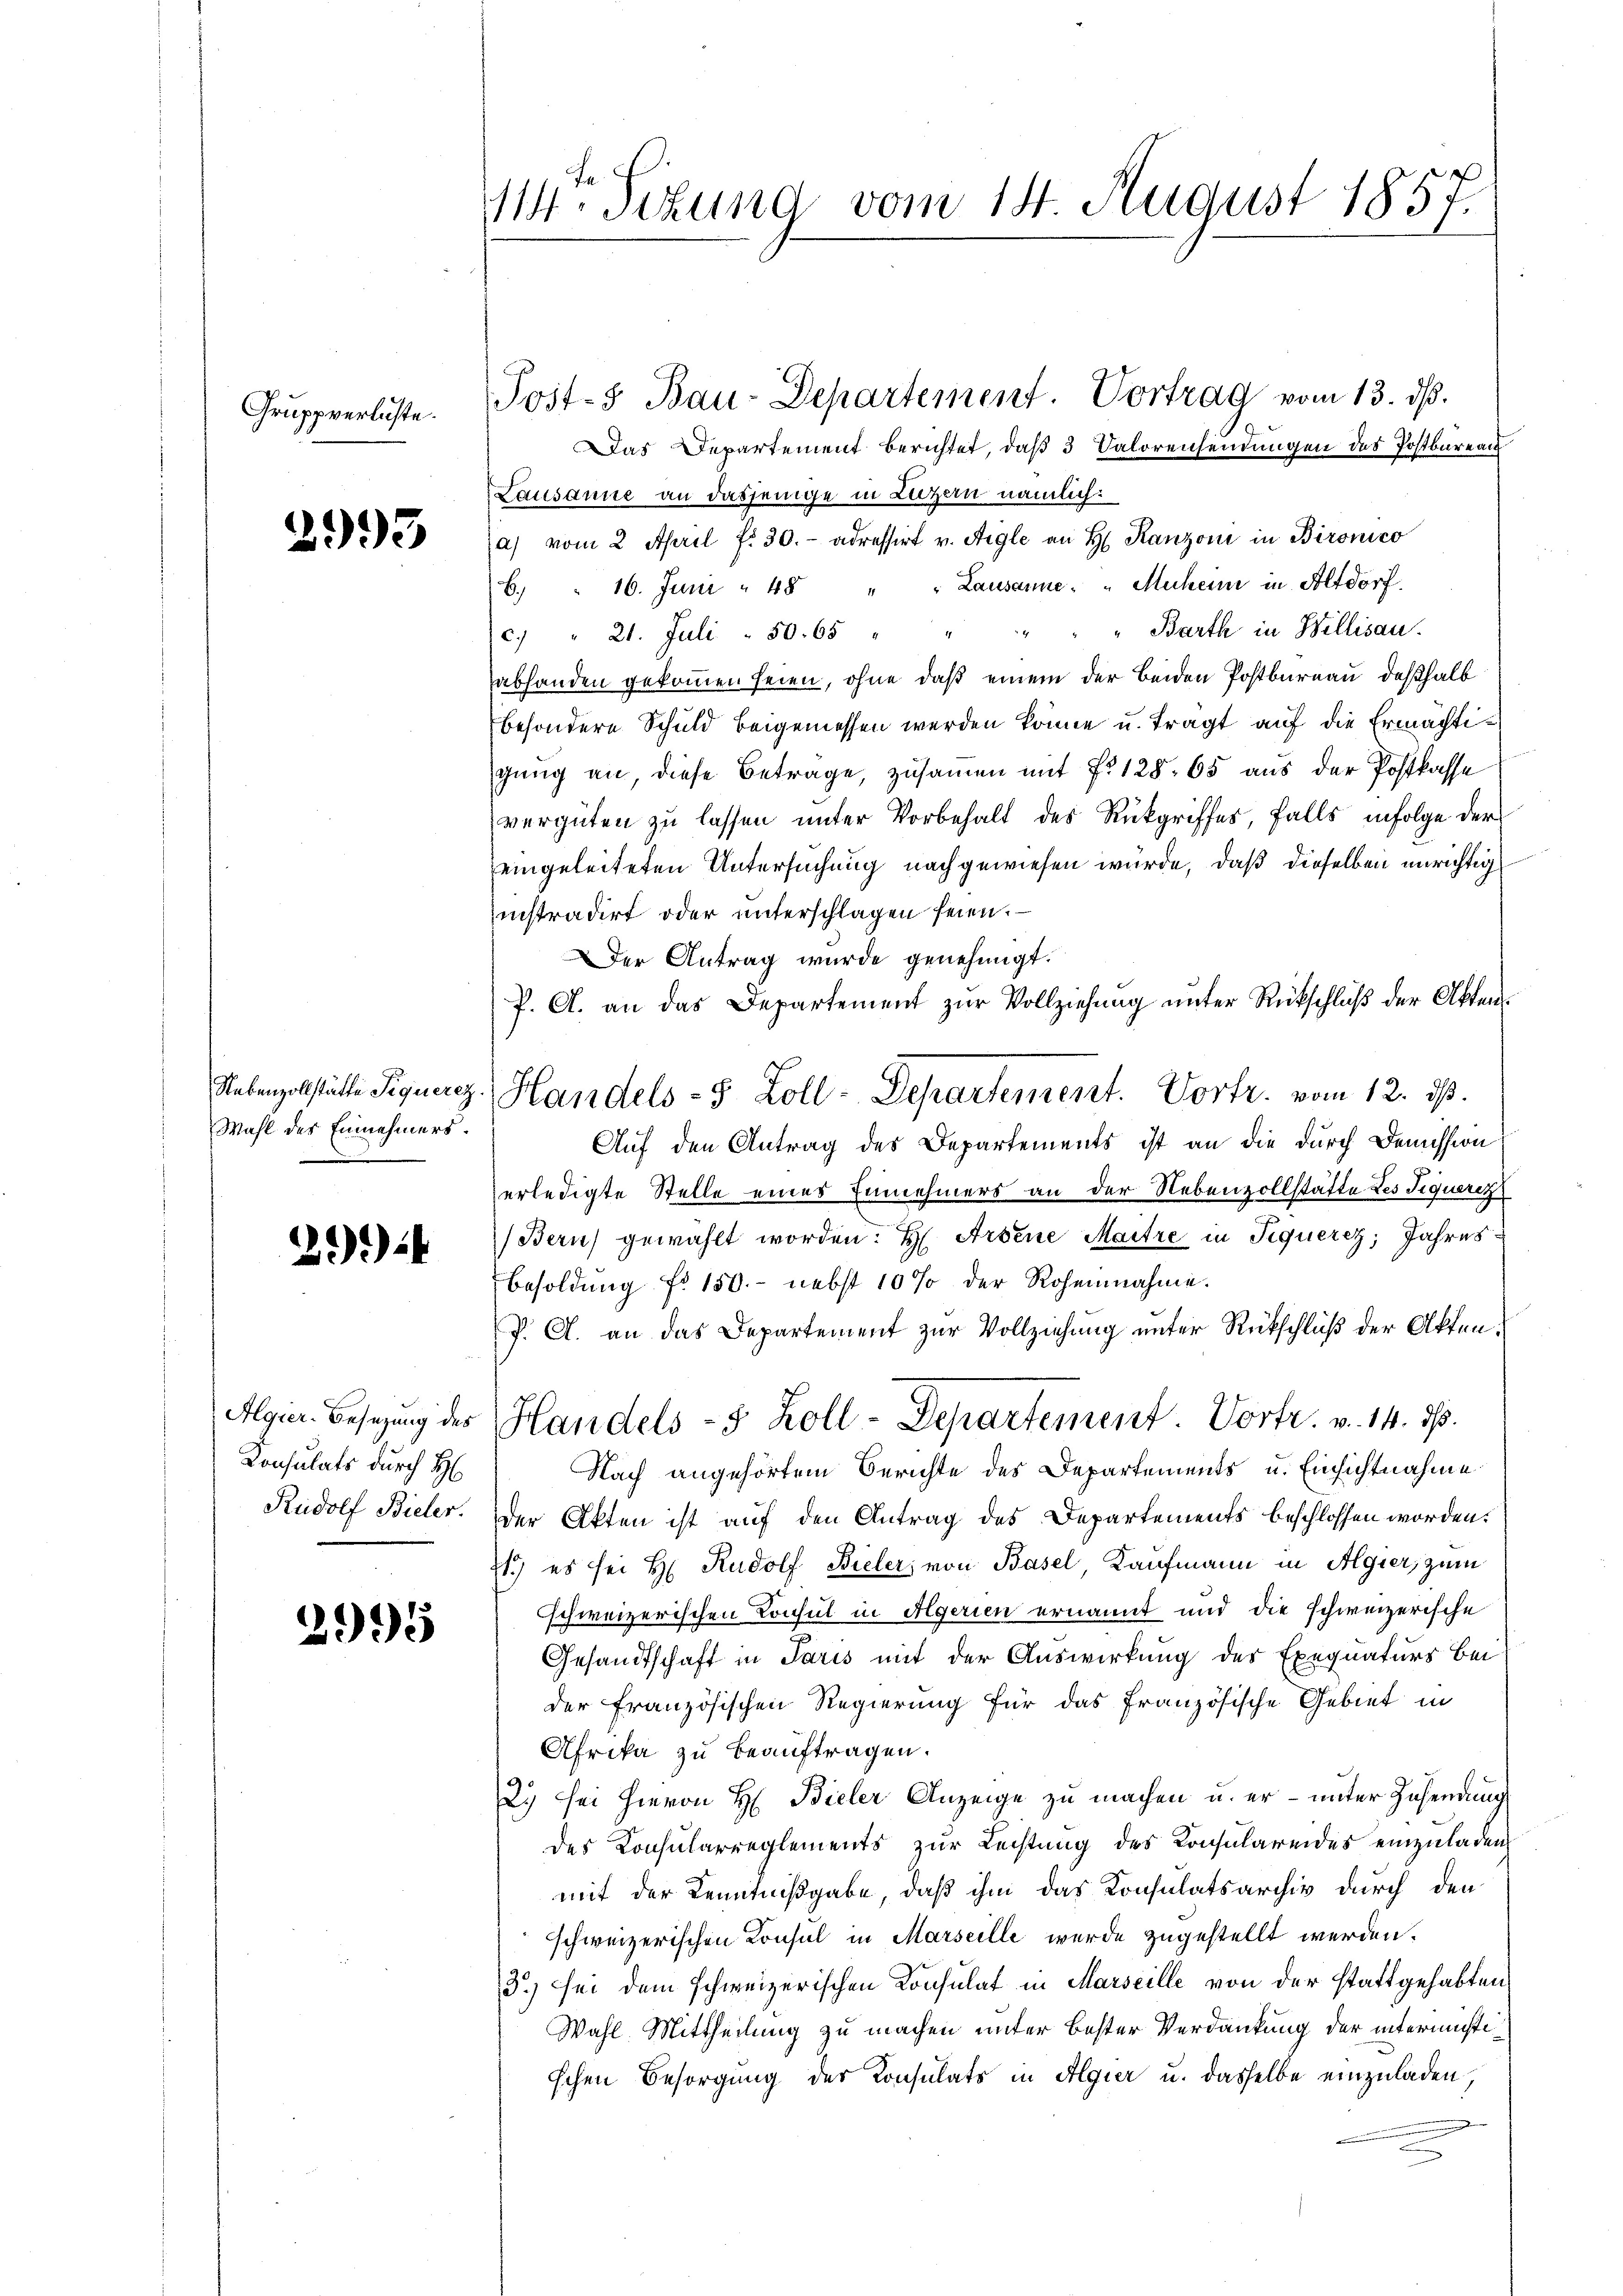
Gruppverluste.

29.3

Wahl des Einnehmers.

29):

Algier-Besetzung des
Konsulats durch H
Rudolf Bieler.

2995

114ten Sitzung vom 14. August 1857.

Post-8 Bau-Departement. Vortrag vom 13. ds.

Das Departement berichtet, daß 3 Valorenheidungen des Postbureau
Lausanne an dasjenige in Luzern nämlich:
a) vom 2 April f. 30.- adressirt v. Aigle an H. Ranzoni in Bironico
6. " 16. Juni " 48 " " Lausanne- " Muheim in Altdorf.
c. " 21. Juli 50. 65 " " " " " Barth in Billisau.
abhanden gekommen seien, ohne daß einem der beiden Postbureau deßhalb
besondere Schuld beigemessen werden könne u. tragt auf die Ermächtigung an, diese Betrage, zusammen mit No 128. 65 aus der Postkasse
vergüten zu lassen unter Vorbehalt des Rückgriffes, falls infolge der
eingeleiteten Untersuchung nachgewiesen würde, daß dieselben unrichtig
istradirt oder unterschlagen seien.
Der Antrag wurde genehmigt.
f. A. an das Departement zŭr Vollziehŭng ŭnter Rückschlŭβ der Akten-
Auf den Antrag des Departements ist an die durch Demission
erledigte Stelle eines Einnehmers an der Nebenzollstätte des Tiquert
(Bern) gewählt worden. H. Arbene Maitre in Siquercz, Jahres¬
Besoldung fr. 150.- nebst 10 % der Rohennahme.
P. A. an das Departement zur Vollziehung unter Rückschluß der Akten¬
Handels- 8 Zoll-Departement Vortr. v. 14. ds.
Nach angehörtem Berichte des Departements u. Einsichtnahme
Der Akten ist auf den Antrag des Departements beschlossen worden.
21.) es sei H. Rudolf Bieler, von Basel, Kaufmann in Algier, zum
schweizerischen Konsul in Algerien ernannt und die schweizerische
Gesandtschaft in Paris mit der Auswirkung des Exequaturs bei
der Französischen Regierung für das französische Gebiet in
Afrika zu beauftragen.
2. sei hievon H: Bieler Anzeige zu machen u. er – unter Zusendung
des Konsularreglements zur Leistung des Konsularendes einzuladen
mit der Kenntnißgabe, daß ihm das Konsulatsarchiv durch den
schweizerischen Konsul in Marseille wurde zugestellt werden.
3) sei dem schweizerischen Konsulat in Marseille von der stattgehabten
Wahl Mittheilung zu machen unter bester Verdankung der intermistischen Besorgung der Konsulats in Algier u. dasselbe einzuladen,
.

Nebenzollstätte Piquerez. Handels- 5 Zoll-Departement. Vortr. vom 12. ds.